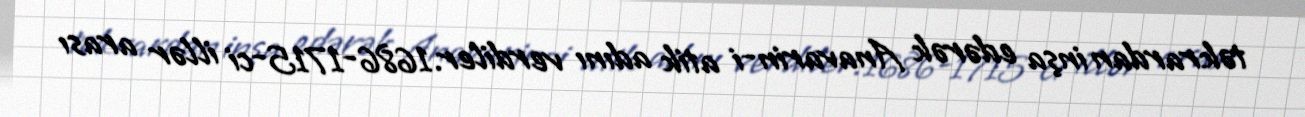
təkrardan inşa edərək Anavarin-i atik adını verdiler.1686-1715-ci illər arası